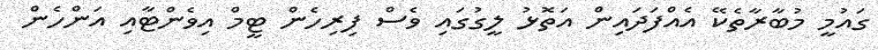
ގައުމީ މުބާރާތެކޭ އެއްފަދައިން އަތޮޅު ލީގުގައި ވެސް ފިރިހެން ޓީމް އިވެންޓާއި އަންހެން